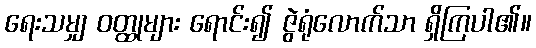
ရေးသမျှ ဝတ္ထုများ ရောင်း၍ ဇွဲရုံလောက်သာ ရှိကြပါ၏။